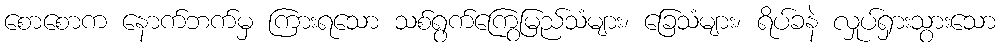
စောစောက နောက်ဘက်မှ ကြားရသော သစ်ရွက်ကြွေမြည်သံများ၊ ခြေသံများ၊ ရိပ်ခနဲ လှုပ်ရှားသွားသော